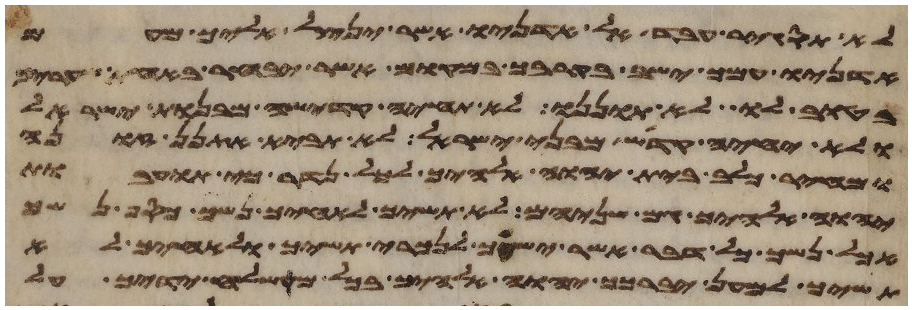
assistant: לא תסגיר עבד אל אדניו אשר ינצל אליך מעם
אדניו עמך ישב בקרבך במקום אשר יבחר באחת שעריך
בטוב לו לא תוננו לא תחיה קדשה מבנות ישראל
ולא יחיה קדש מבני ישראל לא תביא אתנן זונה
ומחיר כלב בית יהוה אלהיך לכל נדר כי תועבת
יהוה אלהיך גם שניהם לא תשיך לאחיך נשך כסף נשך
אכל נשך כל דבר אשר ישך לנכרי תשיך ולאחיך לא
תשיך למען יברכך יהוה אלהיך בכל משלח ידיך על